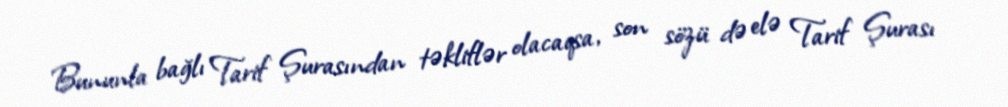
Bununla bağlı Tarif Şurasından təkliflər olacaqsa, son sözü də elə Tarif Şurası